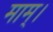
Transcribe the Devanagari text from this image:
माम्।